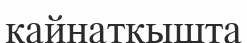
қайнатқышта